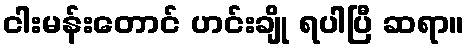
ငါးမန်းတောင် ဟင်းချို ရပါပြီ ဆရာ။